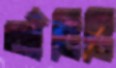
আঁটিটি